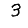
Digit: 3